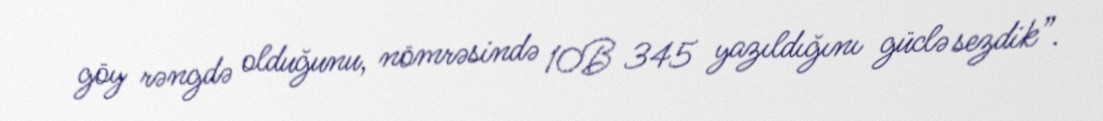
göy rəngdə olduğunu, nömrəsində 10B 345 yazıldığını güclə sezdik”.